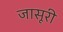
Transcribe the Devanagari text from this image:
जासूरी